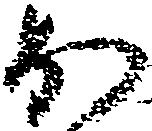
か